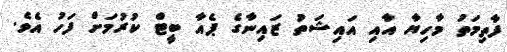
ފާތިމަތު މާހިޔާ އާއި އައިޝަތު ޒައިނާގެ ޕެއާ ބީޓް ކުރުމަށް ފަހު އެވެ.